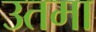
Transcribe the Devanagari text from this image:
उतमा